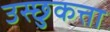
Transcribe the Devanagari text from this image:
उस्छुकत्ता